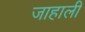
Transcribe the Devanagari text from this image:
जाहाली